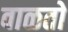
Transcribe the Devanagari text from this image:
वाळतो